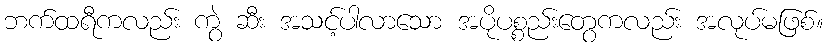
ဘက်ထရီကလည်း ကွဲ ဆီး အသင့်ပါလာသော အပိုပစ္စည်းတွေကလည်း အလုပ်မဖြစ်။